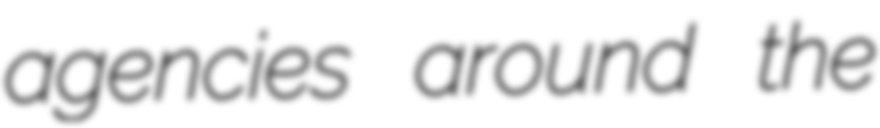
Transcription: agencies around the